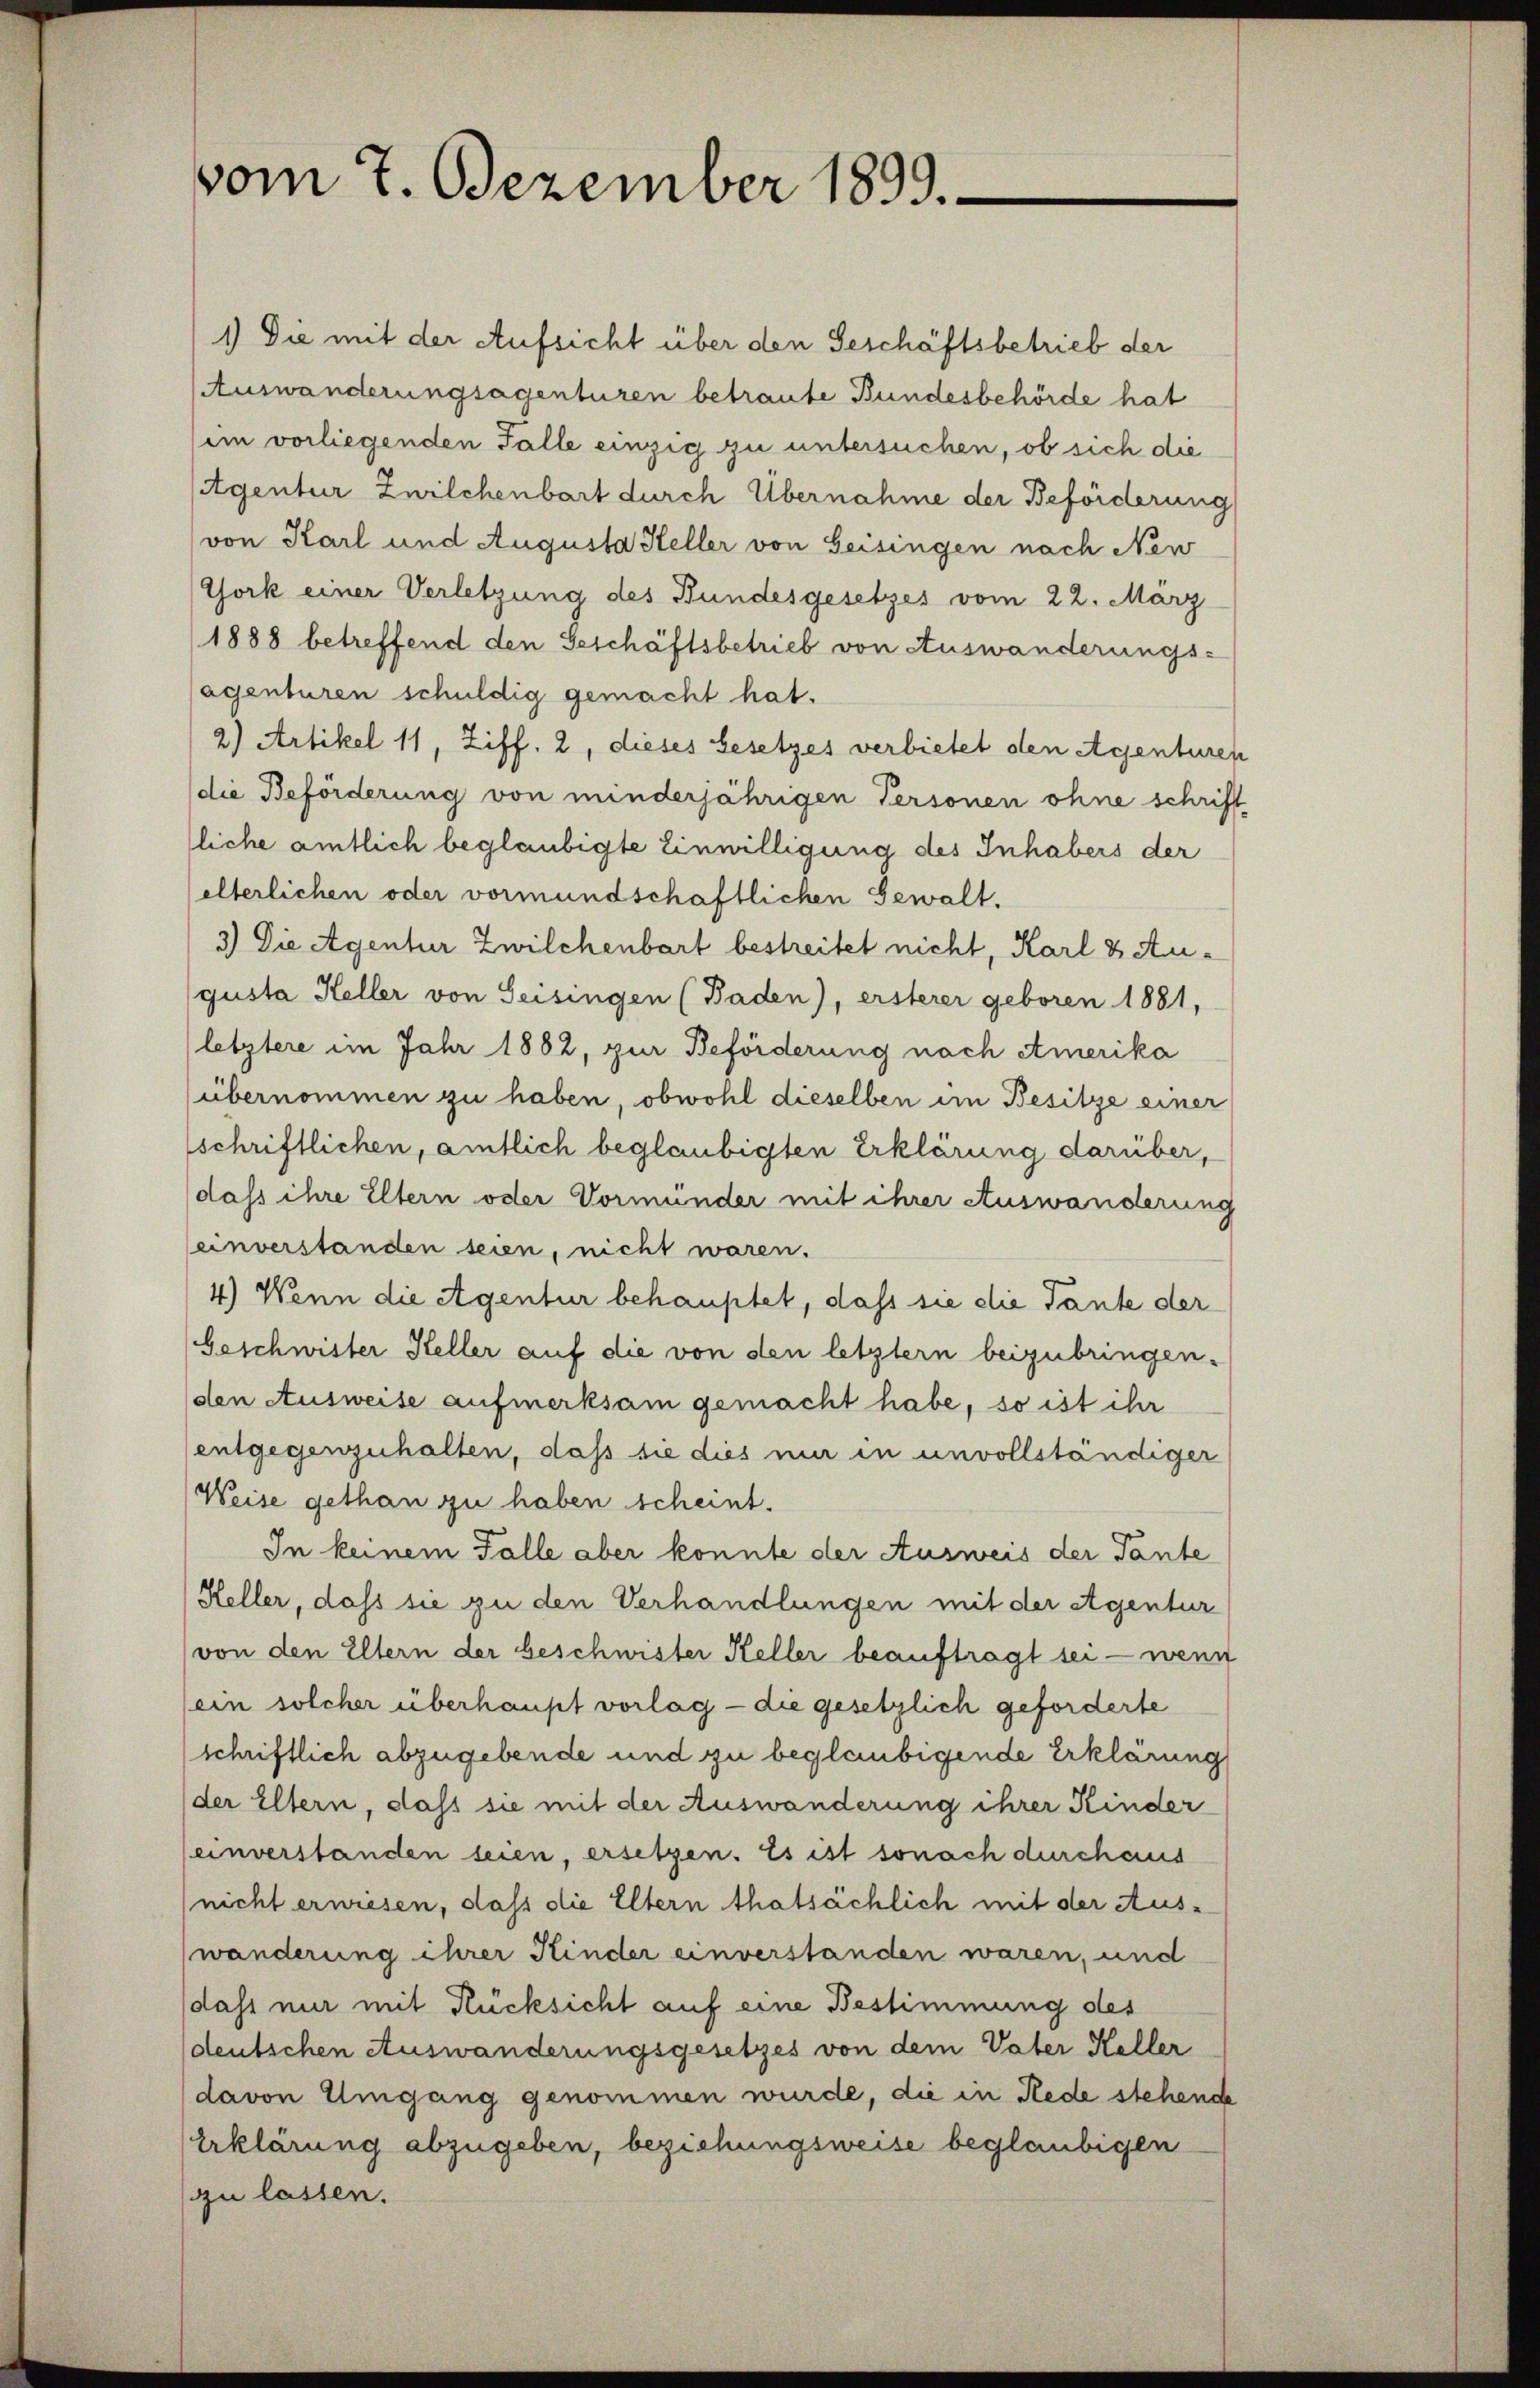
vom 7. Dezember 1899.

1) Die mit der Aufsicht über den Geschäftsbetrieb der
Auswanderungsagenturen betraute Bundesbehörde hat
(im vorliegenden Fälle einzig zu untersuchen, ob sich die
Agentur Zwilchenbart durch Übernahme der Beförderung
von Karl und Augusta Heller von Geisingen nach New
York einer Verletzung des Bundesgesetzes vom 22. März
1888 betreffend den Geschäftsbetrieb von Auswanderungs-
lagenturen schuldig gemacht hat.
2) Artikel 11, Ziff. 2, dieses Gesetzes verbietet den Agenturen
(die Beförderung von minderjährigen Personen ohne schrift
liche amtlich beglaubigte Einwilligung des Inhabers der
elterlichen oder vormundschaftlichen Gewalt.
3.) Die Agentur Zwilchenbart bestreitet nicht, Karl & Augusta Heller von Seisingen (Baden), ersterer geboren 1881,
(letztere im Jahr 1882, zur Beförderung nach Amerika
übernommen zu haben, obwohl dieselben im Besitze einer
schriftlichen, amtlich beglaubigten Erklärung darüber,
dass ihre Eltern oder Vormünder mit ihrer Auswanderung
einverstanden seien, nicht waren.
4.) Wenn die Agentur behauptet, dass sie die Tante der
Geschwister Keller auf die von den letztern beizubringen.
(den Ausweise aufmerksam gemacht habe, so ist ihr
entgegenzuhalten, daß sie dies nur in unvollständiger
Weise gethan zu haben scheint.
In keinem Falle aber konnte der Ausweis der Tante
Keller, daß sie zu den Verhandlungen mit der Agentur
von den Eltern der beschwister Keller beauftragt sei - wenn
(ein solcher überhaupt vorlag - die gesetzlich geforderte
schriftlich abzugebende und zu beglaubigende Erklärung
(der Eltern, dass sie mit der Auswanderung ihrer Kinder
einverstanden seien, ersetzen. Es ist sonach durchaus
nicht erwiesen, dass die Eltern thatsächlich mit der Auswänderung ihrer Kinder einverstanden waren, und
dass nur mit Rücksicht auf eine Bestimmung des
deutschen Auswanderungsgesetzes von dem Vater Keller
(davon Umgang genommen wurde, die in Rede stehende
Erklärung abzugeben, beziehungsweise beglaubigen
zzu lassen.